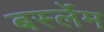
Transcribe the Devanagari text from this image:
बर्स्लेम